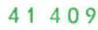
41409